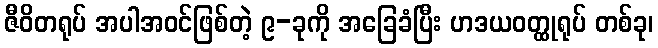
ဇီဝိတရုပ် အပါအဝင်ဖြစ်တဲ့ ၉-ခုကို အခြေခံပြီး ဟဒယဝတ္ထုရုပ် တစ်ခု၊